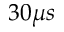
3 0 \mu s